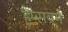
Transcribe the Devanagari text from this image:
हैप्सवर्ग